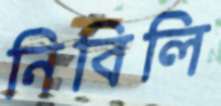
নিবিলি